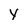
Character: y